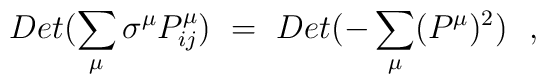
Det (\sum_{\mu} \sigma^{\mu} P^{\mu}_{ij}) ~=~Det (- \sum_{\mu} (P^{\mu})^2)~~,